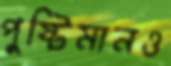
পুষ্টিমানও